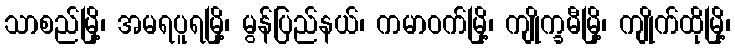
သာစည်မြို့၊ အမရပူရမြို့၊ မွန်ပြည်နယ်၊ ကမာဝက်မြို့၊ ကျိုက္ခမီမြို့၊ ကျိုက်ထိုမြို့၊